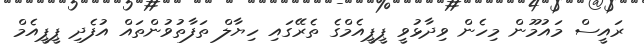
ރައީސް މައުމޫން މިހެން ވިދާޅުވީ ޕީޕީއެމްގެ ތެރޭގައި ހިޔާލް ތަފާތުވުންތައް އުފެދި ޕީޕީއެމް